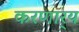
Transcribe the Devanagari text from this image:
करणार्‍य